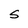
Character: S